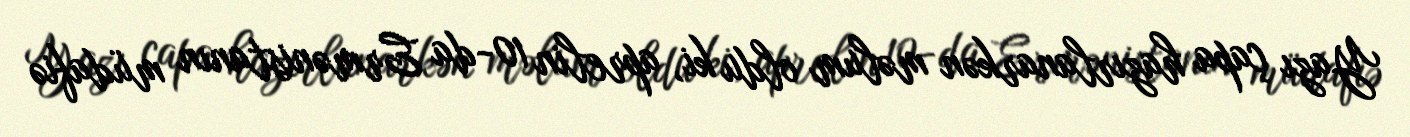
Yazı çapa hazırlanarkən məlum oldu ki, aprelin 10-da Ermənistanın müdafiə